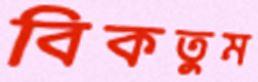
বিকতুম